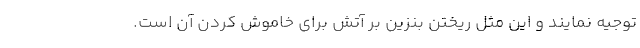
توجیه نمایند و این مثل ریختن بنزین بر آتش برای خاموش کردن آن است.